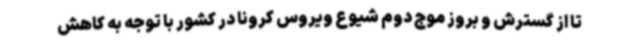
تا از گسترش و بروز موج دوم شیوع ویروس کرونا در کشور با توجه به کاهش